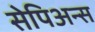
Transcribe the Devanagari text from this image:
सेपिअन्स